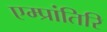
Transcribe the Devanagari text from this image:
एम्प्रांतिरि